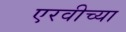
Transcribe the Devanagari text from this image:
एरवीच्या